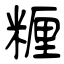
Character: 糎